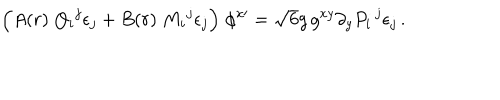
\Big ( A ( r ) \; { Q _ { i } } ^ { j } \epsilon _ { j } + B ( r ) \; { M _ { i } } ^ { j } \epsilon _ { j } \Big ) \; \phi ^ { x \prime } = \sqrt { 6 } g \, g ^ { x y } \partial _ { y } P _ { i } \, ^ { j } \epsilon _ { j } \, .